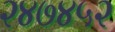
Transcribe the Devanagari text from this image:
२४७४५२